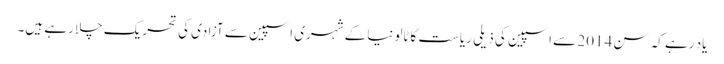
یاد رہے کہ سن 2014 سے اسپین کی ذیلی ریاست کاٹالونیا کے شہری اسپین سے آزادی کی تحریک چلا رہے ہیں۔